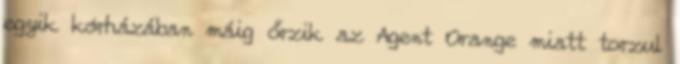
egyik kórházában máig őrzik az Agent Orange miatt torzul